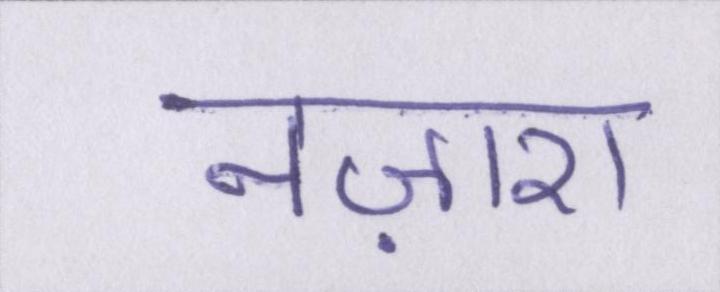
नज़ारा